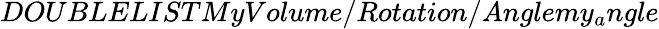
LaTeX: DOUBLELISTMyVolume/Rotation/Anglemy_{a}ngle